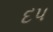
દપ